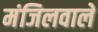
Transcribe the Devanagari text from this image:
मंजिलवाले